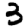
Digit: 3